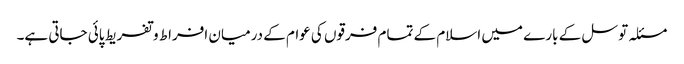
مسئلہ توسل کے بارے میں اسلام کے تمام فرقوں کی عوام کے درمیان افراط و تفریط پائی جاتی ہے۔